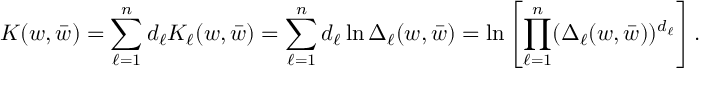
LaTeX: K ( w , \bar { w } ) = \sum _ { \ell = 1 } ^ { n } d _ { \ell } K _ { \ell } ( w , \bar { w } ) = \sum _ { \ell = 1 } ^ { n } d _ { \ell } \ln \Delta _ { \ell } ( w , \bar { w } ) = \ln \left[ \prod _ { \ell = 1 } ^ { n } ( \Delta _ { \ell } ( w , \bar { w } ) ) ^ { d _ { \ell } } \right] .